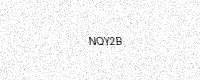
Text: NQY2B